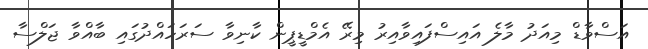
އަސްވާޑް މިއަދު މާލެ އައިސްފައިވާއިރު މިރޭ އެމްޑީޕީން ކާނިވާ ސަރަހައްދުގައި ބާއްވާ ޖަލްސާ